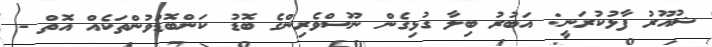
ޝުއޫރު ފާޅުކުރަނީ: އަބުރު ބިލާ ގުޅިގެން ނޫސްވެރިންގެ ބޮޑު ކަންބޮޑުވުންތަކެއް އޮތް -